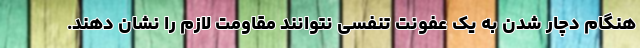
هنگام دچار شدن به یک عفونت تنفسی نتوانند مقاومت لازم را نشان دهند.